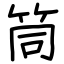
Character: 筒